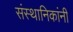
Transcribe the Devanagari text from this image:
संस्थानिकांनीं